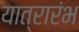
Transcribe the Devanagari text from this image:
यात्रारंभ